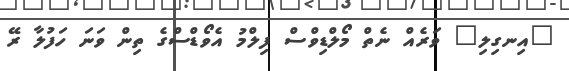
"އިނގިލި" ވަރެއް ނެތް މޯލްޑިވްސް ފިލްމު އެވޯޑްސްގެ ތިން ވަނަ ހަފުލާ ރޭ